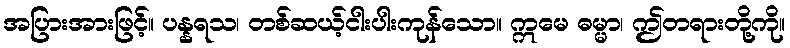
အပြားအားဖြင့်။ ပန္နရသ၊ တစ်ဆယ့်ငါးပါးကုန်သော။ ဣမေ ဓမ္မာ၊ ဤတရားတို့ကို။